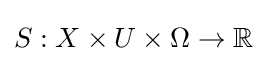
S:X\times U\times \Omega \to \mathbb {R}